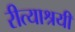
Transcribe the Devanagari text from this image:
रीत्याश्रयी